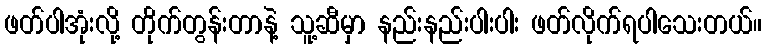
ဖတ်ပါအုံးလို့ တိုက်တွန်းတာနဲ့ သူ့ဆီမှာ နည်းနည်းပါးပါး ဖတ်လိုက်ရပါသေးတယ်။